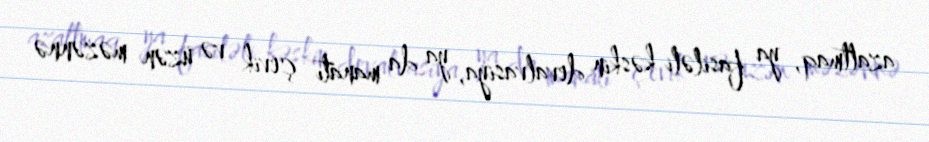
azaltmaq, ya fasiləli kəskin devalvasiya, ya da manatı çevik və üzən məzənnə